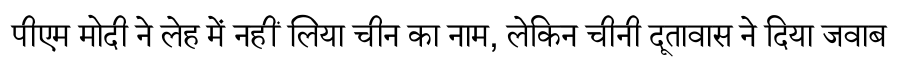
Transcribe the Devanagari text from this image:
पीएम मोदी ने लेह में नहीं लिया चीन का नाम, लेकिन चीनी दूतावास ने दिया जवाब